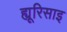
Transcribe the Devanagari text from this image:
ह्यूरिसाइ